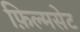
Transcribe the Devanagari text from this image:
फ़िल्मसेट